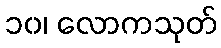
၁၀၊ လောကသုတ်